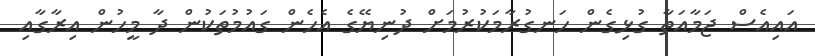
އައިއެސް ޖަމާއަތާ ގުޅިގެން ހަނގުރާމަކުރުމަށް ދުނިޔޭގެ އެހެން ގައުމުތަކުން ދާ މީހުން އިރާގާއި